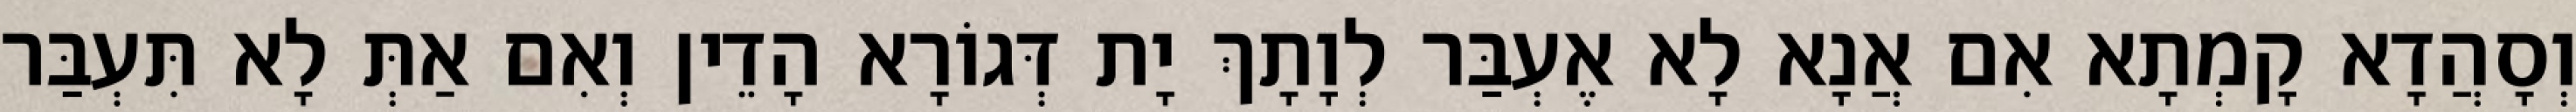
וְסָהֲדָא קָמְתָא אִם אֲנָא לָא אֶעְבַּר לְוָתָךְ יָת דְּגוֹרָא הָדֵין וְאִם אַתְּ לָא תִּעְבַּר